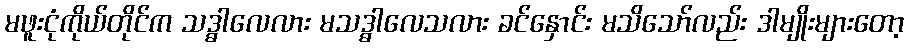
မဖူးငုံကိုယ်တိုင်က သဒ္ဓါလေလား မသဒ္ဓါလေသလား ခင်နှောင်း မသိသော်လည်း ဒါမျိုးများတော့